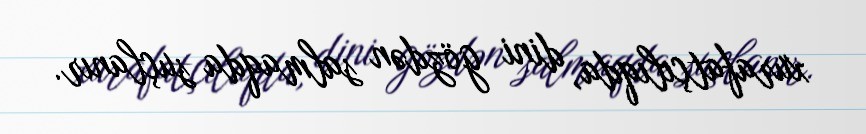
xurafatçılıqda, dini gözdən salmaqda suçlanır.